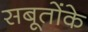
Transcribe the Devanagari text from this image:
सबूतोंके